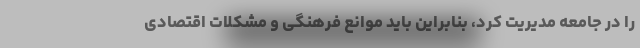
را در جامعه مدیریت کرد، بنابراین باید موانع فرهنگی و مشکلات اقتصادی